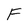
Character: F